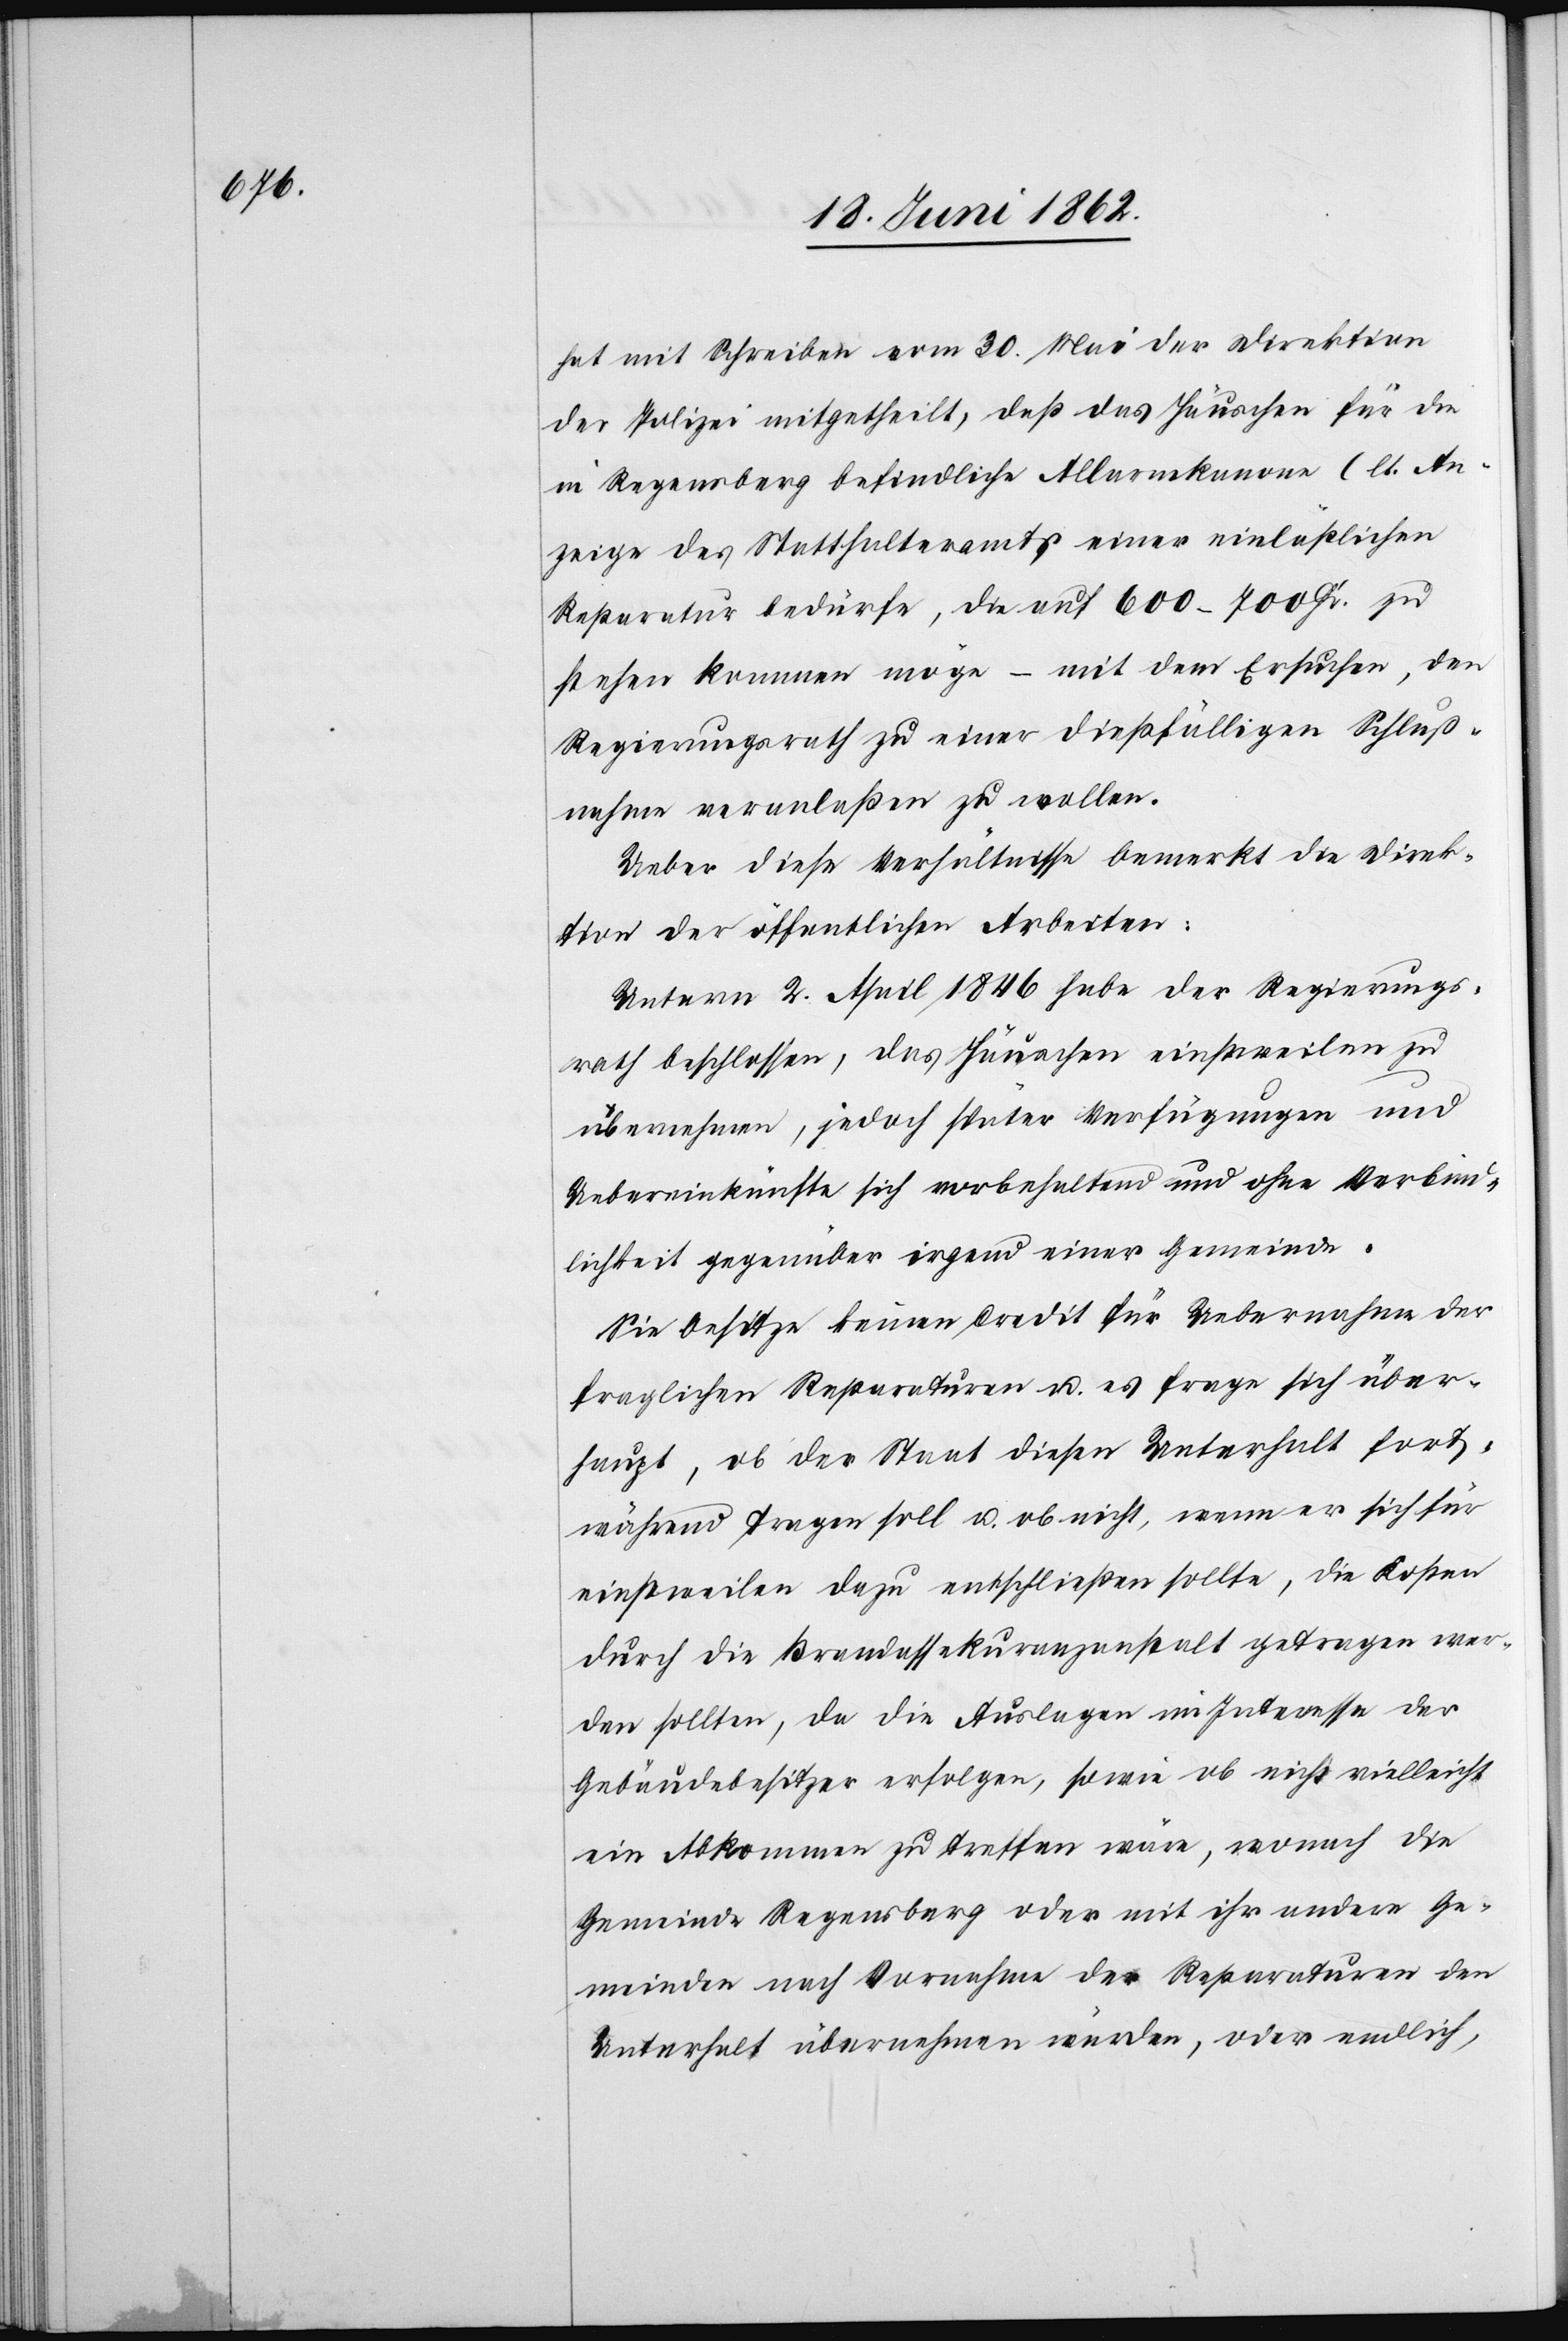
hat mit Schreiben vom 30. Mai der Direktion
der Polizei mitgetheilt, daß das Häuschen für die
in Regensberg befindliche Alarmkanone (lt. An¬
zeige des Statthalteramtes[)] einer einläßlichen
Reparatur bedürfe, die auf 600–700 Fr. zu
stehen kommen möge – mit dem Ersuchen, den
Regierungsrath zu einer dießfälligen Schluß¬
nahme veranlaßen zu wollen.
Ueber diese Verhältnisse bemerkt die Direk¬
tion der öffentlichen Arbeiten:
Unterm 2. April 1846 habe der Regierungs¬
rath beschlossen, das Häuschen einstweilen zu
übernehmen, jedoch später Verfügungen und
Uebereinkünfte sich vorbehaltend und ohne Verbind¬
lichkeit gegenüber irgend einer Gemeinde.
Sie besitze keinen Credit für Uebernahme der
fraglichen Reparaturen u. es frage sich über¬
haupt, ob der Staat diesen Unterhalt fort¬
während tragen soll u. ob nicht, wenn er sich für
einstweilen dazu entschließen sollte, die Kosten
durch die Brandassekuranzanstalt getragen wer¬
den sollten, da die Auslagen im Interesse der
Gebäudebesitzer erfolgen, sowie ob nicht vielleicht
ein Abkommen zu treffen wäre, wonach die
Gemeinde Regensberg oder mit ihr andere Ge¬
meinden nach Vornahme der Reparaturen den
Unterhalt übernehmen würden, oder endlich,